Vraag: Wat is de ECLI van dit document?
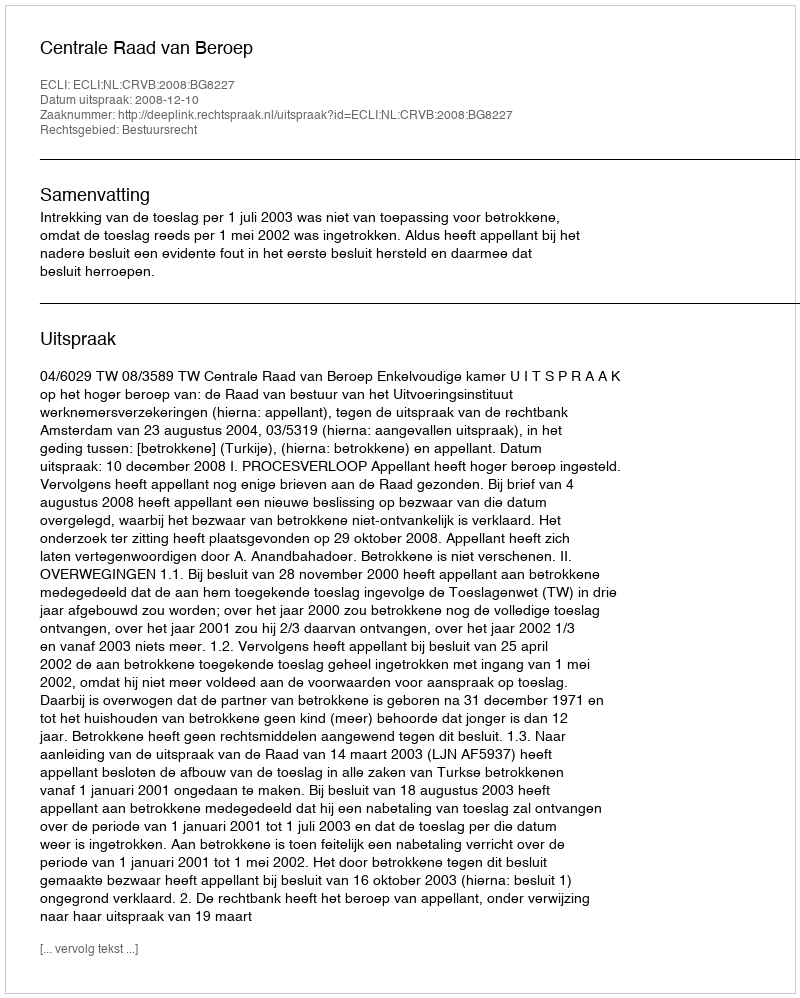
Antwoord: ECLI:NL:CRVB:2008:BG8227